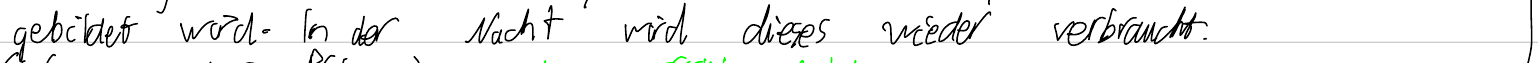
gebildet wird. In der Nacht wird dieses wieder verbraucht.